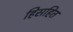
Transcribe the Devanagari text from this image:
हिसहित